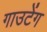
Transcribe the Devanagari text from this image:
गाउटेंग